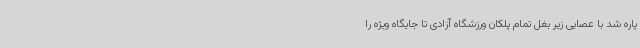
پاره شد با عصایی زیر بغل تمام پلکان ورزشگاه آزادی تا جایگاه ویژه را